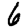
Digit: 6